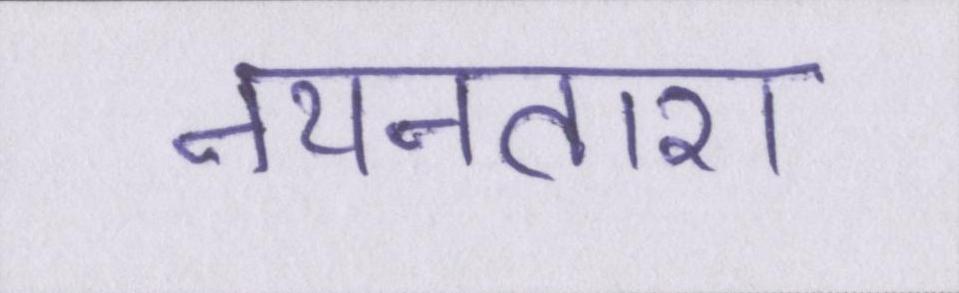
नयनतारा